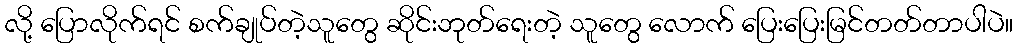
လို့ ပြောလိုက်ရင် စက်ချုပ်တဲ့သူတွေ ဆိုင်းဘုတ်ရေးတဲ့ သူတွေ လောက် ပြေးပြေးမြင်တတ်တာပါပဲ။